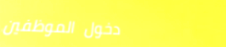
دخول الموظفين